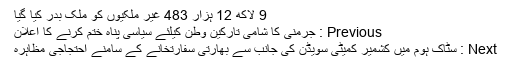
9 لاکھ 12 ہزار 483 غیر ملکیوں کو ملک بدر کیا گیا
Previous : جرمنی کا شامی تارکین وطن کیلئے سیاسی پناہ ختم کرنے کا اعلان
Next : سٹاک ہوم میں کشمیر کمیٹی سویڈن کی جانب سے بھارتی سفارتخانے کے سامنے احتجاجی مظاہرہ